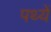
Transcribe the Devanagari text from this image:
पथ्यें